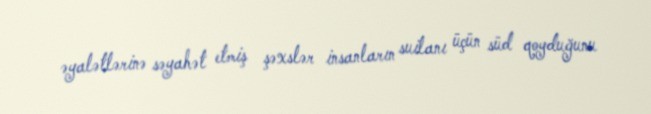
əyalətlərinə səyahət etmiş şəxslər insanların suilanı üçün süd qoyduğunu